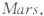
Mars.